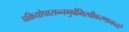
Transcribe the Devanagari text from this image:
प्रक्रियोपासन्नगुर्वभिरवीकरणानन्तरं